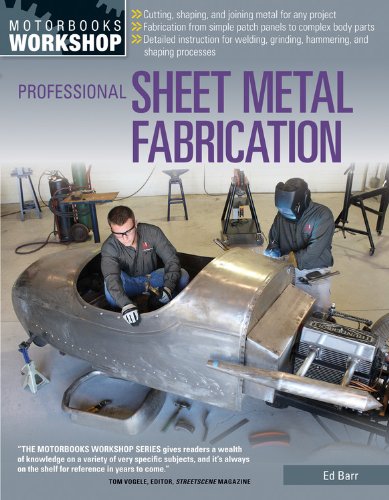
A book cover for Professional Sheet Metal Fabrication (Motorbooks Workshop); Ed Barr; Engineering & Transportation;